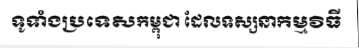
ទូទាំងប្រទេសកម្ពុជា ដែលទស្សនាកម្មវិធី